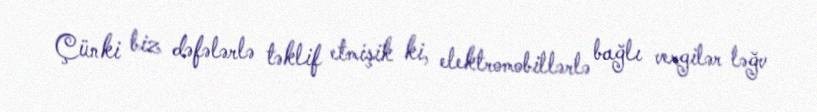
Çünki biz dəfələrlə təklif etmişik ki, elektromobillərlə bağlı vergilər ləğv